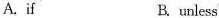
A.if B. unless